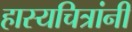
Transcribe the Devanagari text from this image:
हास्यचित्रांनी